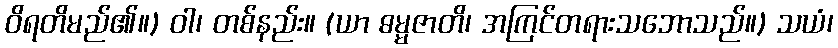
ဝိရတိမည်၏။) ဝါ၊ တစ်နည်း။ (ယာ ဓမ္မဇာတိ၊ အကြင်တရားသဘောသည်။) သယံ၊